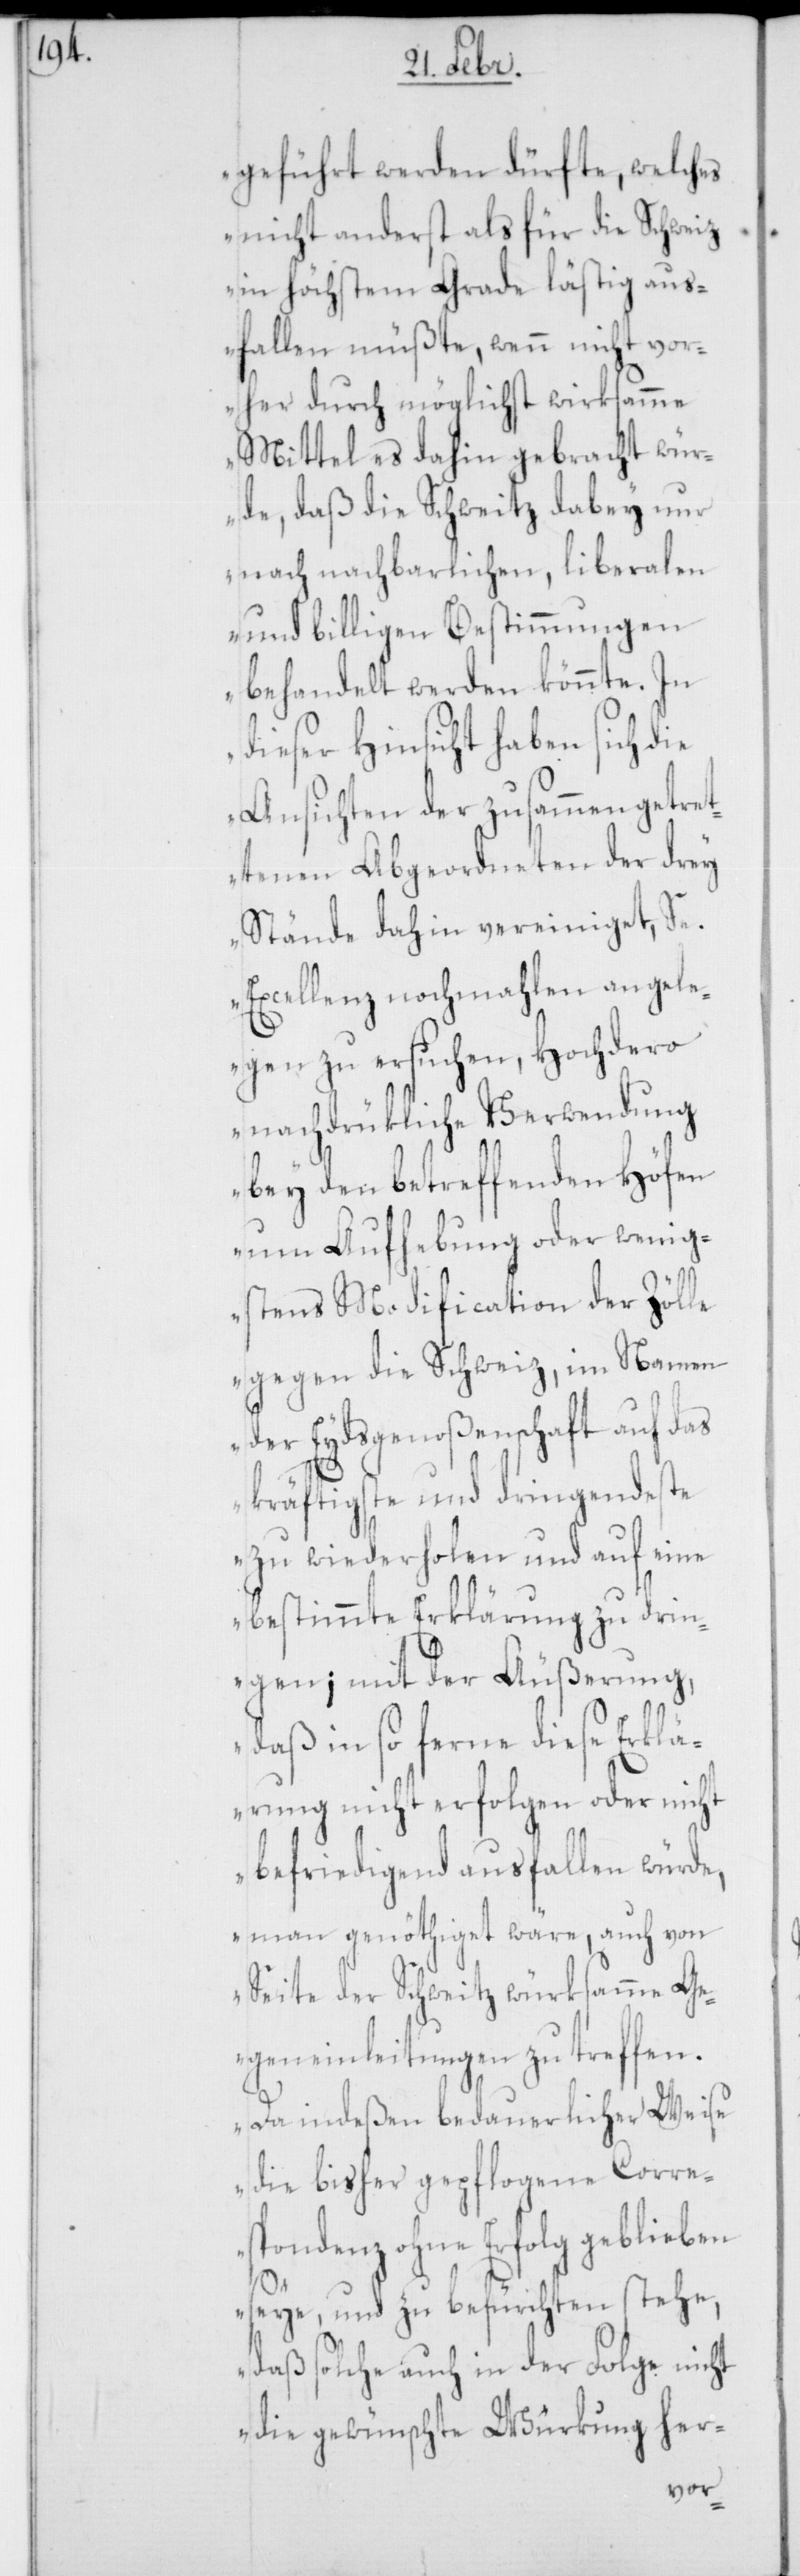
geführt werden dürfte, welches
nicht anderst als für die Schweiz
in höchstem Grade lästig aus¬
fallen müßte, wenn nicht vor¬
her durch möglichst wirksame
Mittel es dahin gebracht wür¬
de, daß die Schweitz dabey nur
nach nachbarlichen, liberalen
und billigen Bestimmungen
behandelt werden könnte. In
dieser Hinsicht haben sich die
Ansichten der zusammen getret¬
tenen Abgeordneten der drey
Stände dahin vereiniget, Se.
Excellenz nochmahlen angele¬
gen zu ersuchen, hochdero
nachdrükliche Verwendung
bey den betreffenden Höfen
um Aufhebung oder wenig¬
stens Modification der Zölle
gegen die Schweiz, im Namen
der Eydsgenoßenschaft auf das
kräftigste und dringendste
zu wiederholen und auf eine
bestimmte Erklärung zu drin¬
gen; mit der Äußerung,
daß in so ferne diese Erklä¬
rung nicht erfolgen oder nicht
befriedigend ausfallen würde,
man genöthiget wäre, auch von
Seite der Schweitz würksamme G¬
egeneinleitungen zu treffen.
Da indeßen bedauerlicher Weise
die bisher gepflogene Corre¬
spondenz ohne Erfolg geblieben
seye, und zu befürchten stehe,
daß solche auch in der Folge nicht
die gewünschte Würkung her-